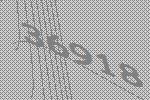
36918